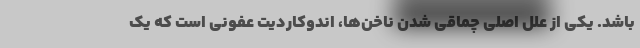
باشد. یکی از علل اصلی چماقی شدن ناخن‌ها، اندوکاردیت عفونی است که یک